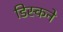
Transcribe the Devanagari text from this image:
डिस्कने